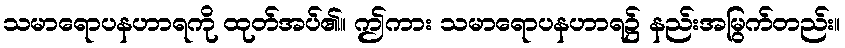
သမာရောပနဟာရကို ထုတ်အပ်၏။ ဤကား သမာရောပနဟာရ၌ နည်းအမြွက်တည်း။